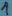
Text: 1